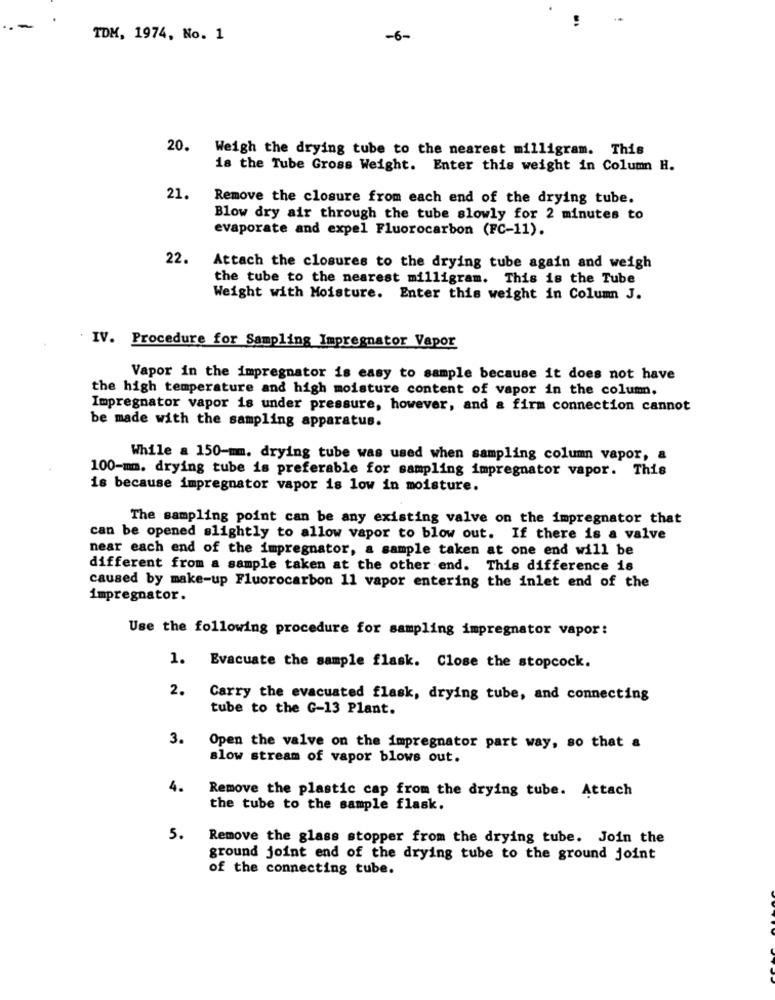
-
TDM, 1974, No. 1
-6-
20.
Weigh the drying tube to the nearest milligram. This
18 the Tube Gross Weight. Enter this weight in Column H.
21.
Remove the closure from each end of the drying tube.
Blow dry air through the tube slowly for 2 minutes to
evaporate and expel Fluorocarbon (FC-11).
22.
Attach the closures to the drying tube again and weigh
the tube to the nearest milligram. This is the Tube
Weight with Moisture. Enter this weight in Column J.
IV. Procedure for Sampling Impregnator Vapor
Vapor in the impregnator is easy to sample because it does not have
the high temperature and high moisture content of vapor in the column.
Impregnator vapor is under pressure, however, and a firm connection cannot
be made with the sampling apparatus.
While a 150-mm. drying tube was used when sampling column vapor, a
100-mm. drying tube is preferable for sampling impregnator vapor. This
is because impregnator vapor is low in moisture.
The sampling point can be any existing valve on the impregnator that
can be opened slightly to allow vapor to blow out. If there is a valve
near each end of the impregnator, a sample taken at one end will be
different from a sample taken at the other end. This difference is
caused by make-up Fluorocarbon 11 vapor entering the inlet end of the
impregnator.
Use the following procedure for sampling impregnator vapor:
1. Evacuate the sample flask. Close the stopcock.
2.
Carry the evacuated flask, drying tube, and connecting
tube to the G-13 Plant.
3.
Open the valve on the impregnator part way, so that a
slow stream of vapor blows out.
4.
Remove the plastic cap from the drying tube. Attach
the tube to the sample flask.
5.
Remove the glass stopper from the drying tube. Join the
ground joint end of the drying tube to the ground joint
of the connecting tube.